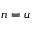
n = u